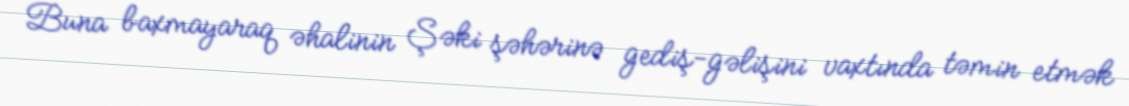
Buna baxmayaraq əhalinin Şəki şəhərinə gediş-gəlişini vaxtında təmin etmək